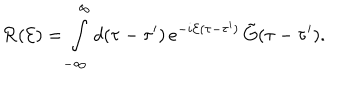
LaTeX: { \cal R } ( { \cal E } ) = \int _ { - \infty } ^ { \infty } d ( \tau - \tau ^ { \prime } ) \, e ^ { - i { \cal E } ( \tau - \tau ^ { \prime } ) } \, { \tilde { G } } ( \tau - \tau ^ { \prime } ) .